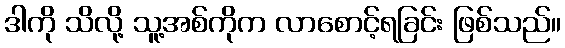
ဒါကို သိလို့ သူ့အစ်ကိုက လာစောင့်ရခြင်း ဖြစ်သည်။